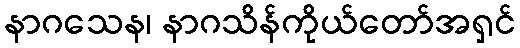
နာဂသေန၊ နာဂသိန်ကိုယ်တော်အရှင်